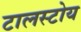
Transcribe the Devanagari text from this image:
टालस्टोय